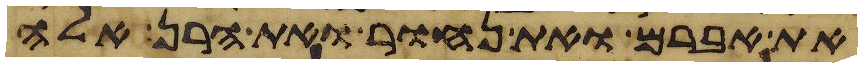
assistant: את אברם ואת נחור ואת הרן אלה